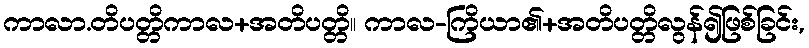
ကာလာ.တိပတ္တိကာလ+အတိပတ္တိ။ ကာလ-ကြိယာ၏+အတိပတ္တိလွန်၍ဖြစ်ခြင်း,